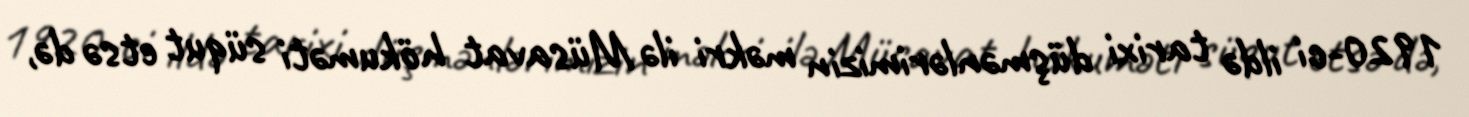
1920-ci ildə tarixi düşmənlərimizin məkri ilə Müsavat hökuməti süqut etsə də,